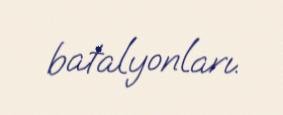
batalyonları.